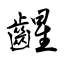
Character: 𫠛